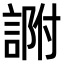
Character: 𧨽